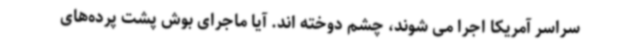
سراسر آمریکا اجرا می شوند، چشم دوخته اند. آیا ماجرای بوش پشت پرده‌های